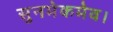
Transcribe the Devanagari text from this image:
सुनमेकमेव।